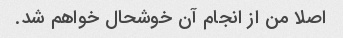
اصلا من از انجام آن خوشحال خواهم شد.